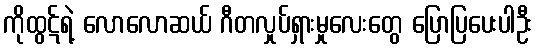
ကိုထွဋ်ရဲ့ လောလောဆယ် ဂီတလှုပ်ရှားမှုလေးတွေ ပြောပြပေးပါဦး